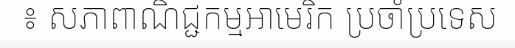
៖ សភាពាណិជ្ជកម្មអាមេរិក ប្រចាំប្រទេស